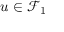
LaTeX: u \in { \mathcal { F } } _ { 1 }